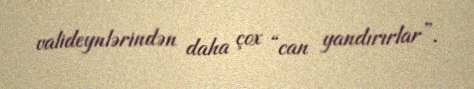
valideynlərindən daha çox “can yandırırlar”.